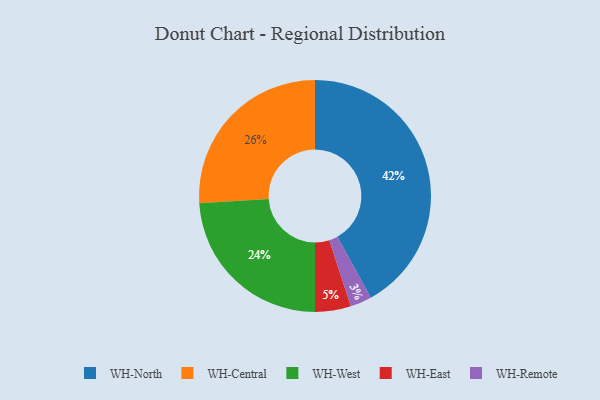
{"axis": {"x": "Category", "y": "Percentage"}, "legend": ["WH-Central", "WH-East", "WH-North", "WH-Remote", "WH-West"], "data": [{"x": "WH-Remote", "y": 3, "type": "WH-Remote"}, {"x": "WH-Central", "y": 26, "type": "WH-Central"}, {"x": "WH-North", "y": 42, "type": "WH-North"}, {"x": "WH-East", "y": 5, "type": "WH-East"}, {"x": "WH-West", "y": 24, "type": "WH-West"}]}